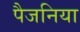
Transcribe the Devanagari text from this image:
पैजनिया